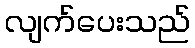
လျက်ပေးသည်